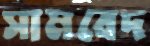
সামবেদ